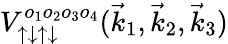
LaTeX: V_{\uparrow\downarrow\uparrow\downarrow}^{o_{1}o_{2}o_{3}o_{4}}(\vec{k}_{1},\vec{k}_{2},\vec{k}_{3})